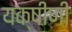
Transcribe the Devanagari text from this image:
यक्षीणी